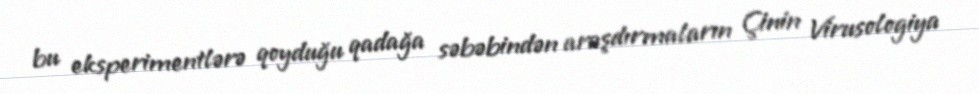
bu eksperimentlərə qoyduğu qadağa səbəbindən araşdırmaların Çinin Virusologiya